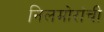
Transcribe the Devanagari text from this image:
निलमोरांची